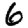
Digit: 6